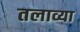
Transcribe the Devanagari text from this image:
तलाव्या